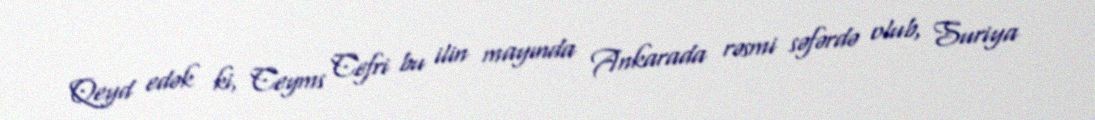
Qeyd edək ki, Ceyms Cefri bu ilin mayında Ankarada rəsmi səfərdə olub, Suriya